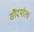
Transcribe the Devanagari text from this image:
सौंदर्याला